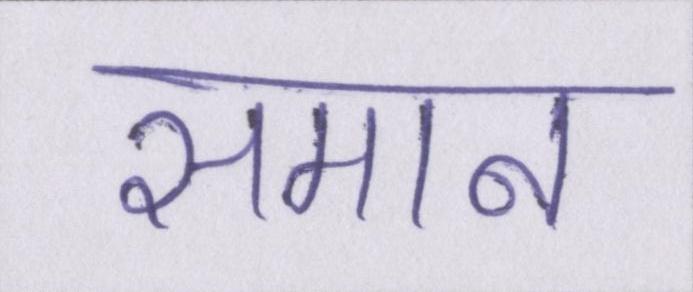
समान